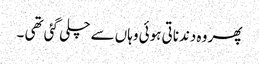
پھر وہ دندناتی ہوئی وہاں سے چلی گئی تھی ۔